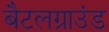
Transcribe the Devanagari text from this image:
बैटलग्राउंड